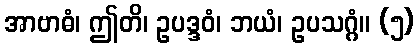
အာဗာဓံ၊ ဤတိ၊ ဥပဒ္ဒဝံ၊ ဘယံ၊ ဥပသဂ္ဂံ။ (၅)